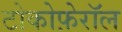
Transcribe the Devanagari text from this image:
टोकोफ़ेरॉल